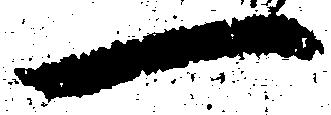
一